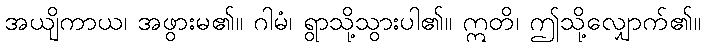
အယျိကာယ၊ အဖွားမ၏။ ဂါမံ၊ ရွာသို့သွားပါ၏။ ဣတိ၊ ဤသို့လျှောက်၏။